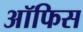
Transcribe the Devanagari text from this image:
अॉफिस